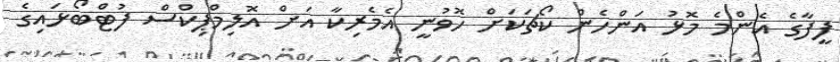
ފީފާގެ އެންމެ މޮޅު އަންހެން ކޯޗަކަށް ހޮވުނީ އެމެރިކާ އަށް އޮލިމްޕިކްސް ފުޓްބޯޅައިގެ